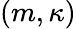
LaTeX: (m,\kappa)